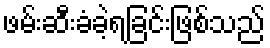
ဖမ်းဆီးခံခဲ့ရခြင်းဖြစ်သည်